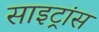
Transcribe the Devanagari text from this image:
साइट्रांस